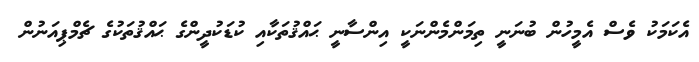
އެކަމަކު ވެސް އެމީހުން ބުނަނީ ތިމަންމެންނަކީ އިންސާނީ ޙައްޤުތަކާއި ކުޑަކުދީންގެ ޙައްޤުތަކުގެ ޗެމްޕިއަނުން